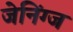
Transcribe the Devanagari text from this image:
जेनिंग्ज